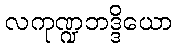
လကုဏ္ဍဘဒ္ဒိယော